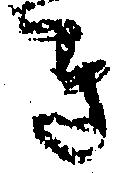
き